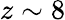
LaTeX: z\sim 8